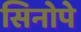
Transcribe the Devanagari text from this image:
सिनोपे